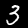
Label: 3